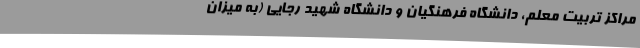
مراکز تربیت معلم، دانشگاه فرهنگیان و دانشگاه شهید رجایی (به میزان